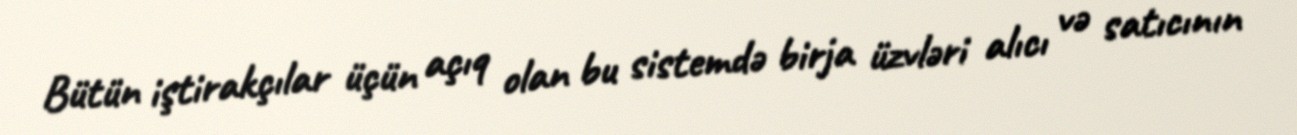
Bütün iştirakçılar üçün açıq olan bu sistemdə birja üzvləri alıcı və satıcının